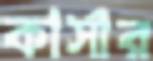
কার্সার